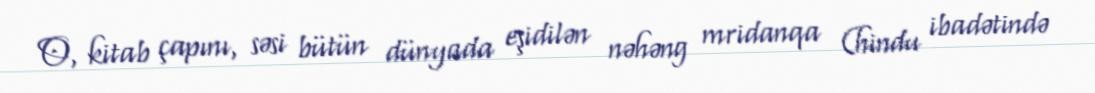
O, kitab çapını, səsi bütün dünyada eşidilən nəhəng mridanqa (hindu ibadətində